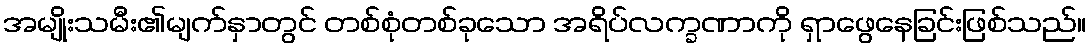
အမျိုးသမီး၏မျက်နှာတွင် တစ်စုံတစ်ခုသော အရိပ်လက္ခဏာကို ရှာဖွေနေခြင်းဖြစ်သည်။